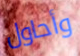
وأحاول